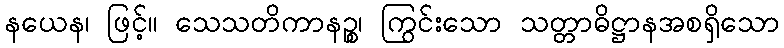
နယေန၊ ဖြင့်။ သေသတိကာနဉ္စ၊ ကြွင်းသော သတ္တာဓိဋ္ဌာနအစရှိသော